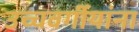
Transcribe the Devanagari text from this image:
उच्चवर्गीयांना